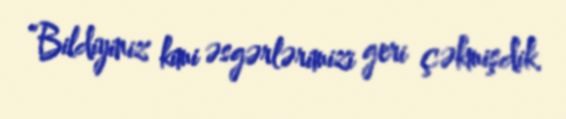
“Bildiyiniz kimi əsgərlərimizi geri çəkmişdik.